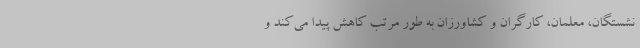
نشستگان، معلمان، کارگران و کشاورزان به طور مرتب کاهش پیدا می‌کند و